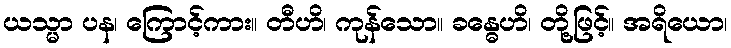
ယသ္မာ ပန၊ ကြောင့်ကား။ တီဟိ၊ ကုန်သော။ ခန္ဓေဟိ၊ တို့ဖြင့်။ အရိယော၊